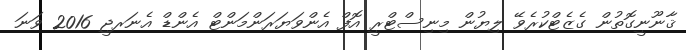
ޤާނޫނީގޮތުން ގެޒެޓްކުރެވޭ ލިޔުން މިނިސްޓްރީ އޮފް އެންވަޔަރަންމަންޓް އެންޑް އެނަރޖީ 2016 ވަނަ